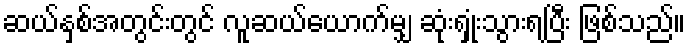
ဆယ်နှစ်အတွင်းတွင် လူဆယ်ယောက်မျှ ဆုံးရှုံးသွားရပြီး ဖြစ်သည်။